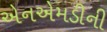
એનએમડીની